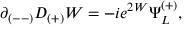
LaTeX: \partial _ { ( -- ) } D _ { ( + ) } W = - i e ^ { 2 W } \Psi _ { L } ^ { ( + ) } , \qquad